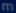
m